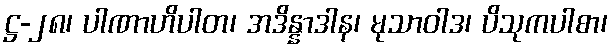
ဋ္ဌ-၂၈၊ ပါဏာဟိပါတ၊ အဒိန္နာဒါန၊ မုသာဝါဒ၊ ပိသုကပါစာ၊